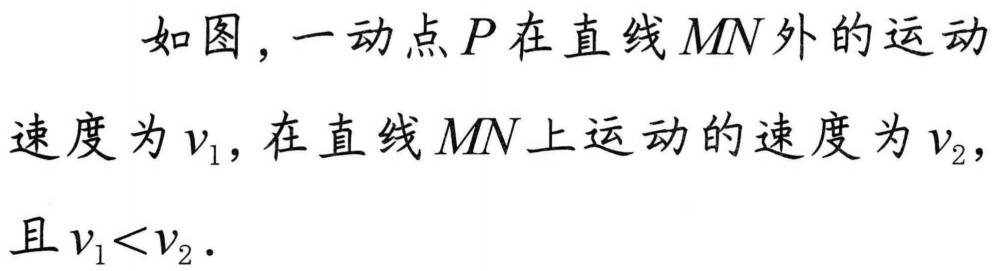
如图，一动点\(P\)在直线\(MN\)外的运动
速度为\(v_{1}\)，在直线\(MN\)上运动的速度为\(v_{2}\)，
且\(v_{1}<v_{2}\)．